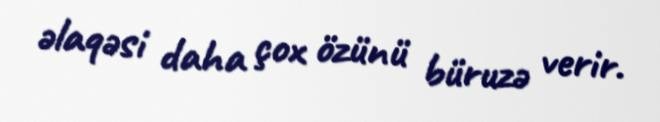
əlaqəsi daha çox özünü büruzə verir.